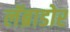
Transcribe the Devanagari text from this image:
लॅब्राडोर